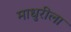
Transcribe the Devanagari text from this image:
माधुरीला